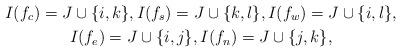
LaTeX: \begin{gather*}I(f_c)= J\cup \{i,k\}, I(f_s) = J \cup \{k,l\}, I(f_w)= J\cup \{i,l\},\\ I(f_e)= J\cup \{i,j\}, I(f_n)= J\cup \{j,k\},\end{gather*}